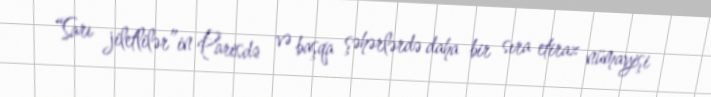
“Sarı jiletlilər”in Parisdə və başqa şəhərlərdə daha bir sıra etiraz nümayişi